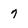
Character: 7